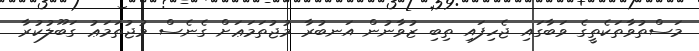
މަސްތުވާތަކެތީގެ ވަބާގައި ޖެހިފައި ތިބި ޒުވާނުން އަނބުރާ މުޖުތަމަޢަށް ގެނެސް މުޖުތަމަޢު ގަބޫލުކުރާ